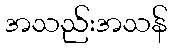
အသည်းအသန်